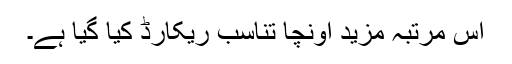
اِس مرتبہ مزید اونچا تناسب ریکارڈ کیا گیا ہے۔